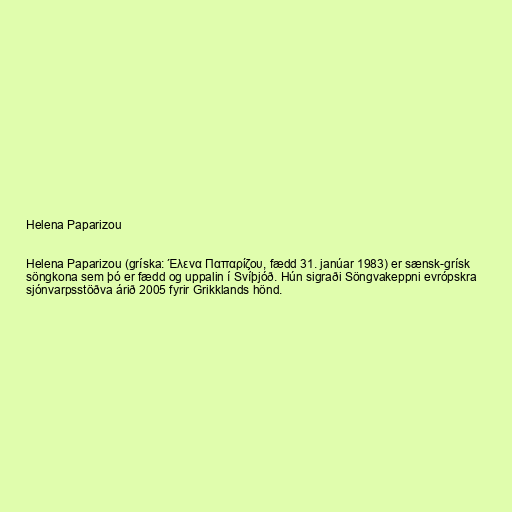
Helena Paparizou

Helena Paparizou (gríska: Έλενα Παπαρίζου, fædd 31. janúar 1983) er sænsk-grísk
söngkona sem þó er fædd og uppalin í Svíþjóð. Hún sigraði Söngvakeppni evrópskra
sjónvarpsstöðva árið 2005 fyrir Grikklands hönd.